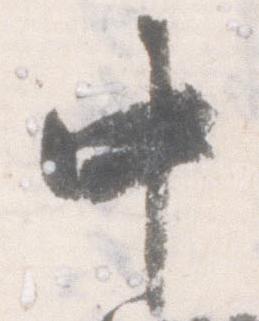
中